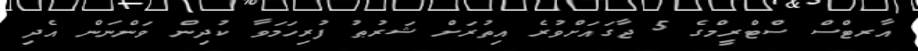
އާރޓްސް ސްޓްރީމްގެ 5 ޖާގައަށްވުރެ އިތުރަށް ޝަރުޠު ފުރިހަމަވާ ކުދިން ވަންނަން އެދި